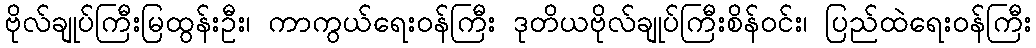
ဗိုလ်ချုပ်ကြီးမြထွန်းဦး၊ ကာကွယ်ရေးဝန်ကြီး ဒုတိယဗိုလ်ချုပ်ကြီးစိန်ဝင်း၊ ပြည်ထဲရေးဝန်ကြီး